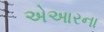
એઆરના